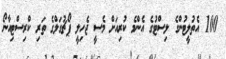
100 އެތުލީޓުންގެ ލިސްޓުގެ އެންމެ ކުރިއަށް މެސީ ޖެހިލީ ޕޯޗުގަލްގެ ތަރި ކްރިސްޓިއާނޯ